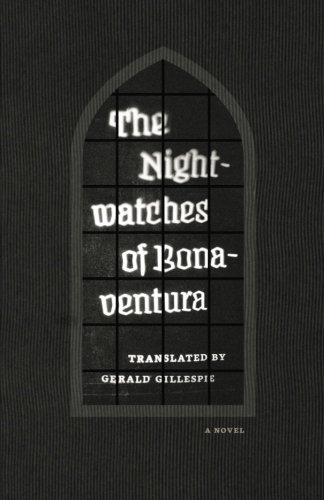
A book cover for The Nightwatches of Bonaventura; Bonaventura; Literature & Fiction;